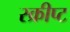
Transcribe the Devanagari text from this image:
स्क्रीप्ट